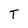
Character: T